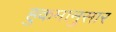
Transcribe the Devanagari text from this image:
हुकमानुसार